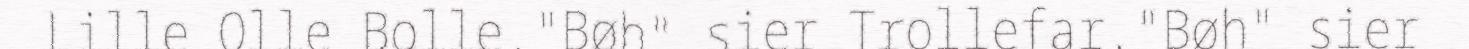
Lille Olle Bolle."Bøh" sier Trollefar."Bøh" sier